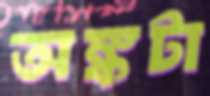
অঙ্কটা